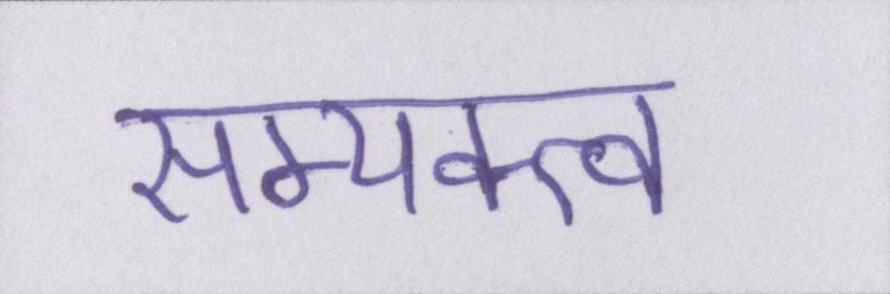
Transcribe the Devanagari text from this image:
सम्यक्त्व